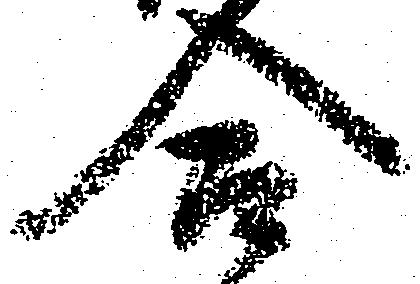
合